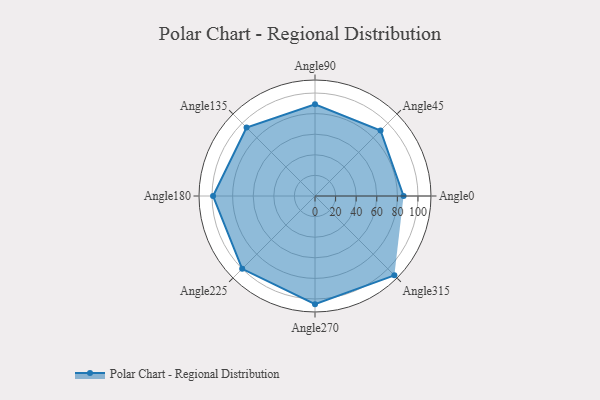
{"axis": {"x": "Angle", "y": "Radius"}, "legend": [""], "data": [{"x": "Angle0", "y": 86.0, "type": ""}, {"x": "Angle45", "y": 90.0, "type": ""}, {"x": "Angle90", "y": 89.0, "type": ""}, {"x": "Angle135", "y": 94.0, "type": ""}, {"x": "Angle180", "y": 99.0, "type": ""}, {"x": "Angle225", "y": 100.0, "type": ""}, {"x": "Angle270", "y": 105.0, "type": ""}, {"x": "Angle315", "y": 109.0, "type": ""}]}